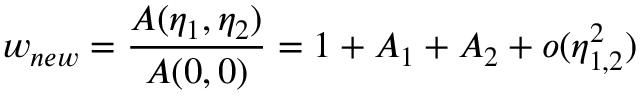
w _ { n e w } = { \frac { { \cal A } ( \eta _ { 1 } , \eta _ { 2 } ) } { { \cal A } ( 0 , 0 ) } } = 1 + { \cal A } _ { 1 } + { \cal A } _ { 2 } + o ( \eta _ { 1 , 2 } ^ { 2 } )